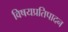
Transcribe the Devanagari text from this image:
विषयप्रतिपादन